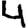
Digit: 4